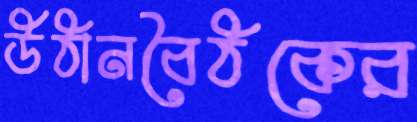
উঠানবৈঠকের